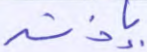
بإذنه